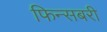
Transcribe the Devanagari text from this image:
फिन्सबरी